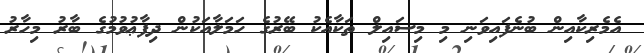
އެމެރިކާއިން ބުނެފައިވަނި މި މިސައިލް ތަކާއެކު ބޭރުގެ ހަމަލާއަކުން ދިފާޢުވުމުގެ ބާރު މިހާރު